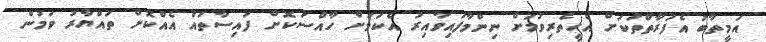
އަމީތާބު އެފަރާތްތަކަށް އެހީތެރިވުމަށް ނިންމާފައިވާއިރު އެކަމަށް ހާއްސަކޮށް ފައިސާތައް އެއްކޮށް ތައްޔާރު ވަމުން